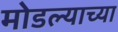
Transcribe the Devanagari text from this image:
मोडल्याच्या